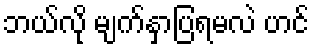
ဘယ်လို မျက်နှာပြရမလဲ ဟင်